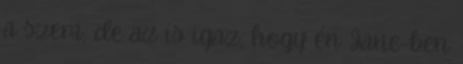
a szem, de az is igaz, hogy én Jane-ben